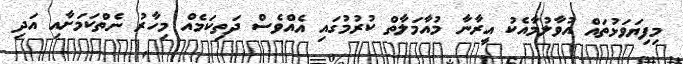
މިފިޔަވަޅުތައް އުވާލުމާއެކު އީރާނާ މުއާމަލާތް ކުރުމުގައި އެއްވެސް ދަތިކަމެއް މިހާރު ނެތްކަމަށާއި އަދި